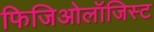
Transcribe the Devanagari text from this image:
फिजिओलॉजिस्ट